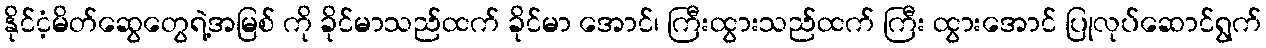
နိုင်ငံ့မိတ်ဆွေတွေရဲ့အမြစ် ကို ခိုင်မာသည်ထက် ခိုင်မာ အောင်၊ ကြီးထွားသည်ထက် ကြီး ထွားအောင် ပြုလုပ်ဆောင်ရွက်